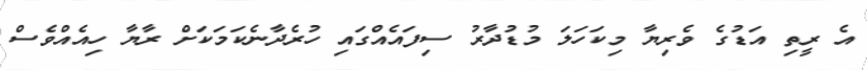
އެ ރީތި އަޑުގެ ވެރިޔާ މިކަހަލަ މުޑުދާރު ސިފައެއްގައި ހުރެދާނެކަމަކަށް ރާޔާ ހިއެއްވެސް